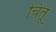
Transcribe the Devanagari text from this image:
चितू